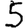
Digit: 5